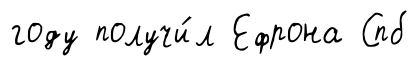
году получи́л Ефрона Спб